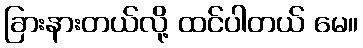
ခြားနားတယ်လို့ ထင်ပါတယ် မေ။